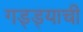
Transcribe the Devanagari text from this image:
गड्ड्याची